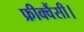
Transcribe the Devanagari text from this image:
फ्रीक्वैंसी।